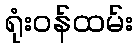
ရုံးဝန်ထမ်း